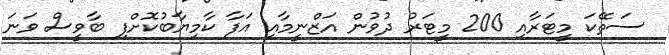
ސަތޭކަ މީޓަރާއި 200 މީޓަރު ދުވުން އަޒްނީމާއި އަފާ ކާމިޔާބުކޮށްފި ބާވީސް ވަނަ